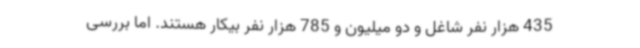
435 هزار نفر شاغل و دو میلیون و 785 هزار نفر بیکار هستند. اما بررسی